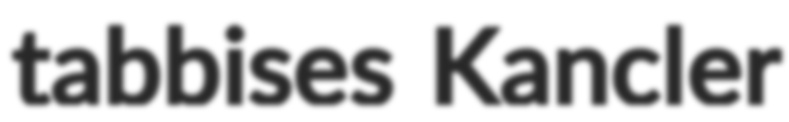
tabbises Kancler